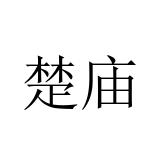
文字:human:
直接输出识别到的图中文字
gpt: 楚庙